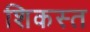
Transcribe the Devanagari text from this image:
शिकस्‍त